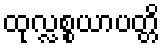
ထုလ္လစ္စယာပတ္တိ